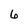
Character: 6